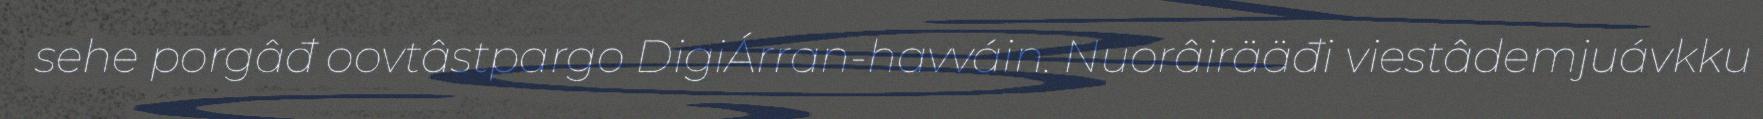
sehe porgâđ oovtâstpargo DigiÁrran-havváin. Nuorâirääđi viestâdemjuávkku